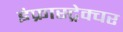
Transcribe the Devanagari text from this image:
इंफ्रास्ट्रेक्चर